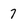
Character: 7